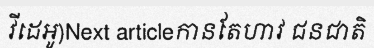
វីដេអូ)Next articleកានតែហាវ ជនជាតិ